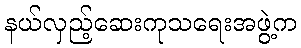
နယ်လှည့်ဆေးကုသရေးအဖွဲ့က